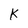
Character: k